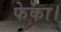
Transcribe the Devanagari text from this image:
फेका।